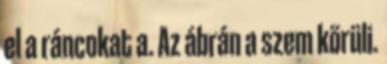
el a ráncokat a. Az ábrán a szem körüli.